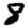
Digit: 8